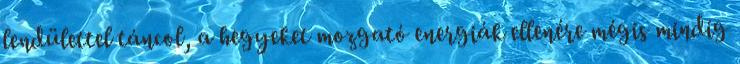
lendülettel táncol, a hegyeket mozgató energiák ellenére mégis mindig